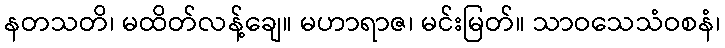
နတသတိ၊ မထိတ်လန့်ချေ။ မဟာရာဇ၊ မင်းမြတ်။ သာဝသေသံဝစနံ၊